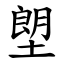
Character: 塱